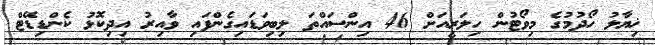
ޚިޔާލު ހޯދުމުގެ މިވޯޓުން ހިލަރީއަށް 46 އިންސައްތަ ލިބިވަޑައިގެންފައި ވާއިރު އިދިކޮޅު ކެންޑިޑޭޓް